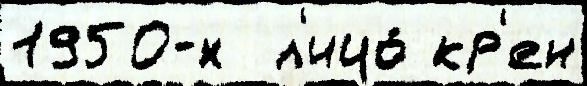
1950-х  л'ицо́ кр'ен